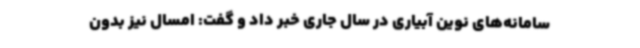
سامانه‌های نوین آبیاری در سال جاری خبر داد و گفت: امسال نیز بدون